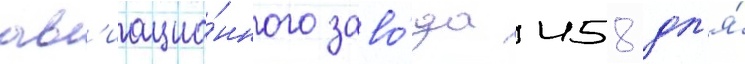
ав'иацио́нного заво́да 458 дл'я́